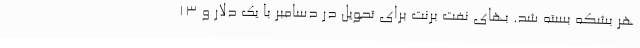
هر بشکه بسته شد. بهای نفت برنت برای تحویل در دسامبر با یک دلار و 13